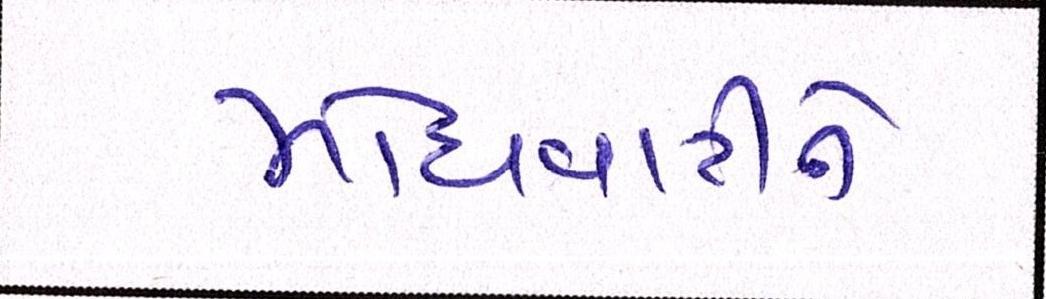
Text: મોંઘવારીને